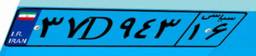
۳۷D۹۴۳۱۶